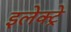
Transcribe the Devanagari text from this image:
इलेक्ट्रे